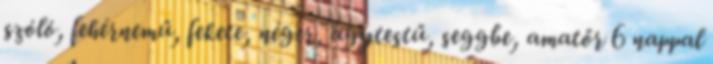
szóló, fehérnemű, fekete, néger, agytestű, seggbe, amatőr 6 nappal